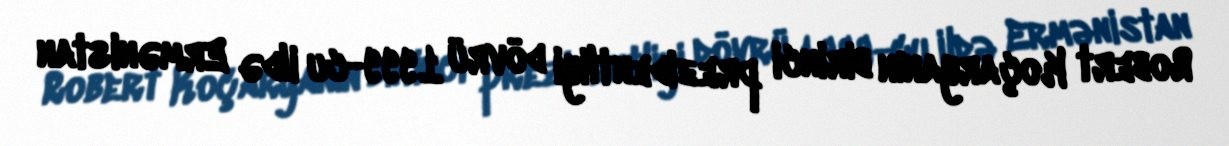
Robert Koçaryanın birinci prezidentliyi dövrü 1999-cu ildə Ermənistan